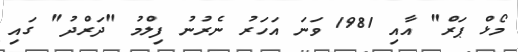
މޯޅް ޕަރް" އާއި 1981 ވަނަ އަހަރު ނެރުނު ފިލްމު "ދަރްދު" ގައި